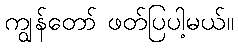
ကျွန်တော် ဖတ်ပြပါ့မယ်။